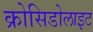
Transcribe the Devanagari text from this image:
क्रोसिडोलाइट